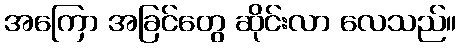
အကြော အခြင်တွေ ဆိုင်းလာ လေသည်။